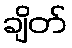
ချိတ်